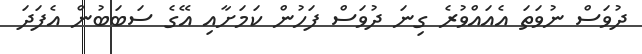
ދުވަސް ނުވަތަ އެއައްވުރެ ގިނަ ދުވަސް ފަހުން ކަމަށާއި އޭގެ ސަބަބުން އެފަދަ